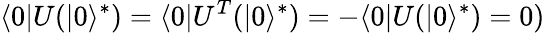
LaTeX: \langle 0|U(|0\rangle^{*})=\langle 0|U^{T}(|0\rangle^{*})=-\langle 0|U(|0\rangle^{*})=0)